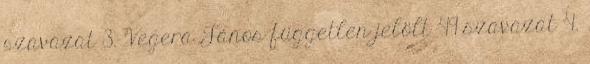
szavazat 3. Vegera János független jelölt 49 szavazat 4.